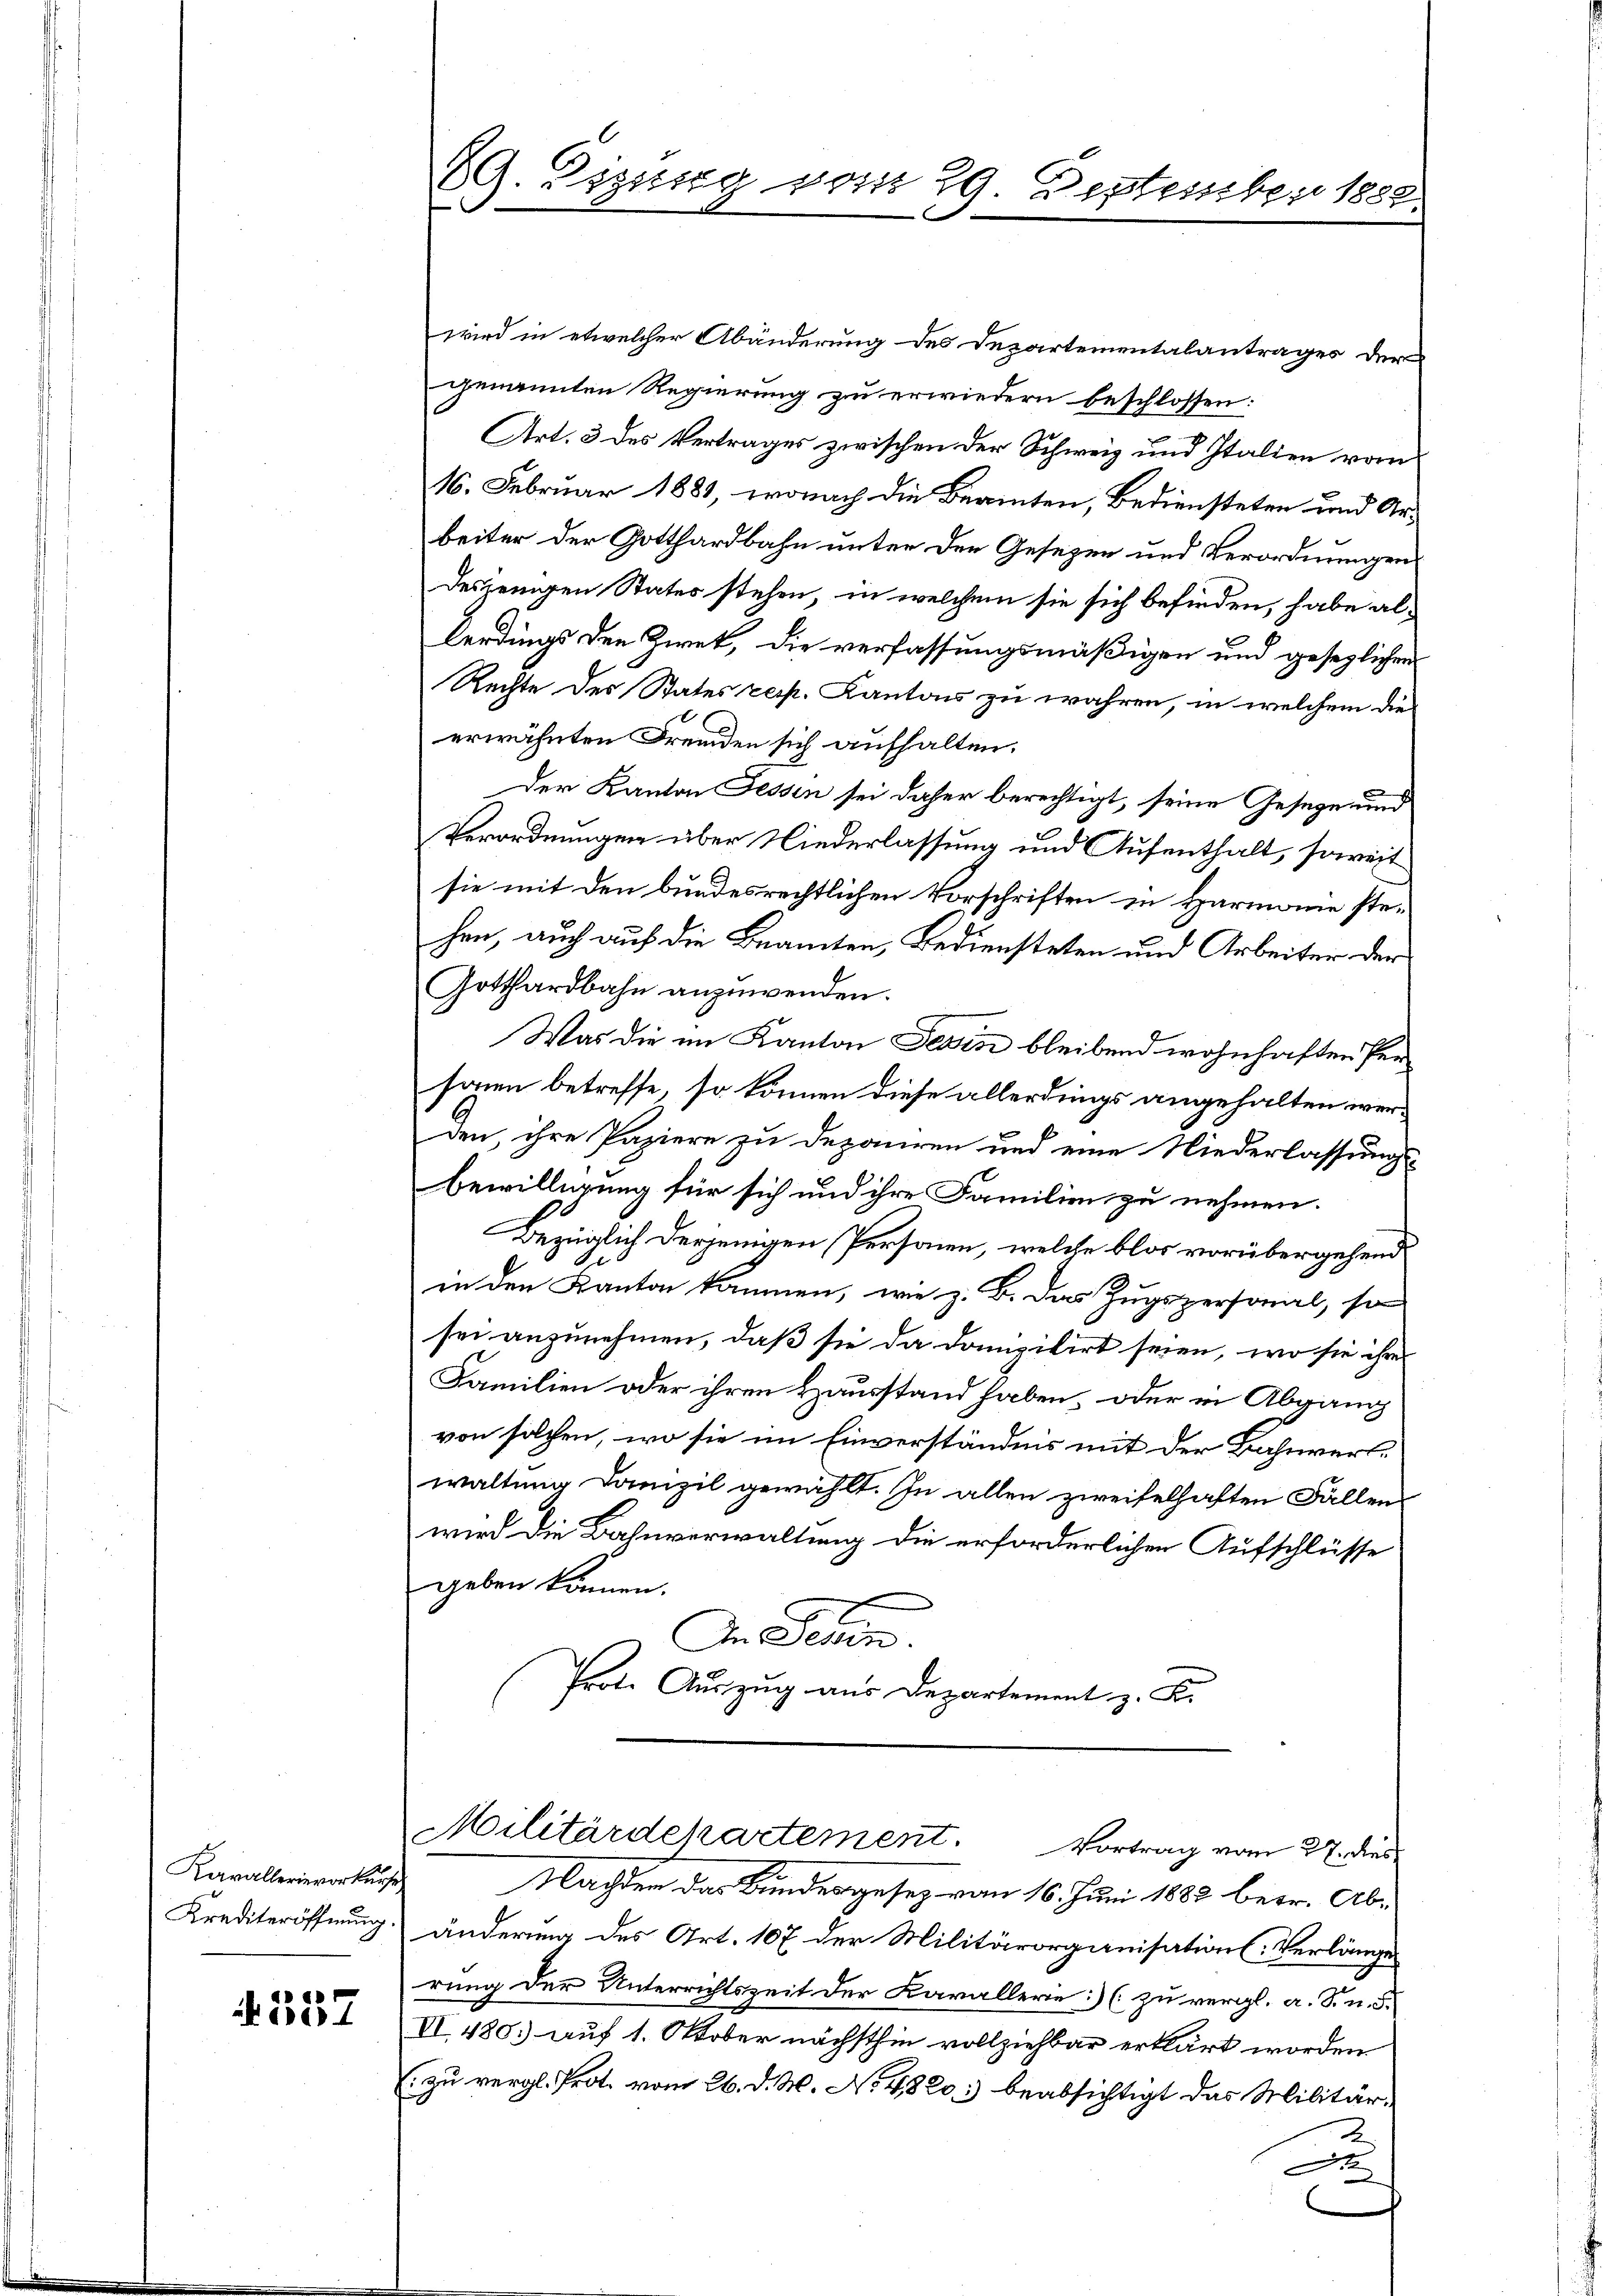
Kavallerie vorkurse
Krediteröffnung

.557

wird in etwelcher Abänderung des Departementalantrages der
genannten Regierung zu erwiedern beschlossen:
Art. 3 des Vertrages zwischen der Schweiz und Italien vor
16. Februar 1881, wonach die Beamten, Bediensteten und Arbeiter der Gotthardbahn unter den Gesezen und Verordnungen
desjenigen States stehen, in welchem sie sich befinden, habe allerdings den Zwet, die verfassungsmäßigen und gesezlichen
Rechte des States resp. Kantons zu wahren, in welchem die
erwähnten Fremden sich aufhalten.
der Kanton Fessen sei daher berechtigt, seine Geseze und
Verordnungen über Niederlassung und Aufenthalt, soweit
sie mit den bundesrechtlichen Vorschriften in Harmonie stehen, auch auf die Beamten, Bediensteten und Arbeiter der
Gotthardbahn anzuwenden.
Was die im Kanton Tessin bleibend wohnhaften Persann betreffe, so können diese allerdings angehalten werden, ihre Papiere zu deponiren und eine Niederlassungs-
bewilligung für sich und ihre Familien zu nehmen.
Bezüglich derjenigen Personen, welche blos vorübergehend
in den Kanton kommen, wie z. B. Das Zugspersonal, so
sei anzunehmen, daß sie da domizilirt seien, wo sie ihre
Familien oder ihren Hausstand haben, oder in Abgang
von solchen, wo sie im Einverständnis mit der Bahnverwaltung Domizil gewählt. In allen zweifelhaften Fällens
wird die Bahnverwaltung die erforderlichen Aufschlüsse
geben können.
I. Sehen.
Prote Aŭszŭg aŭs Departement z. B.

89. Zizung vom 29 September 1882.

änderung des Art. 107 der Militärorganisations-Verlänge
rung der Unterrichtszeit der Kavallerie:) (zu vergl. a. S. n. F.
VI. 480. auf 1. Oktober nächsthin vollziehbar erklärt worden
zu vergl. Prot. vom 26. d. M. No. 4820. beabsichtigt das Militär¬
2
d

Militärdepartement. Vortrag vom 27. dies
Machten das Bundesgesetz vom 16. Juni 1882 betr. Ab¬